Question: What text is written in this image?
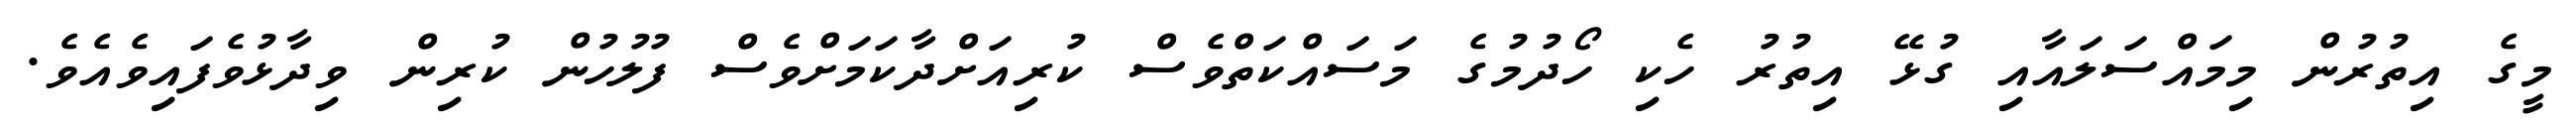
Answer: މީގެ އިތުރުން މިމައްސަލައާއި ގުޅޭ އިތުރު ހެކި ހޯދުމުގެ މަސައްކަތްވެސް ކުރިއަށްދާކަމަށްވެސް ފުލުހުން ކުރިން ވިދާޅުވެފައިވެއެވެ.